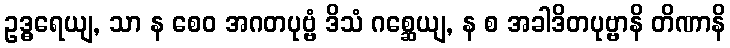
ဥဒ္ဓရေယျ, သာ န စေဝ အဂတပုဗ္ဗံ ဒိသံ ဂစ္ဆေယျ, န စ အခါဒိတပုဗ္ဗာနိ တိဏာနိ